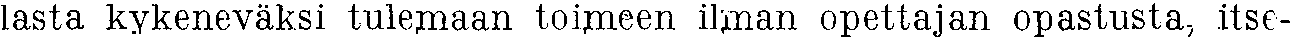
lasta kykeneväksi tulemaan toimeen ilman opettajan opastusta, itse-